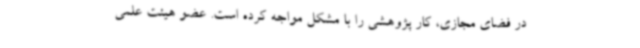
در فضای مجازی، کار پژوهشی را با مشکل مواجه کرده است. عضو هیئت علمی